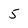
Character: 5